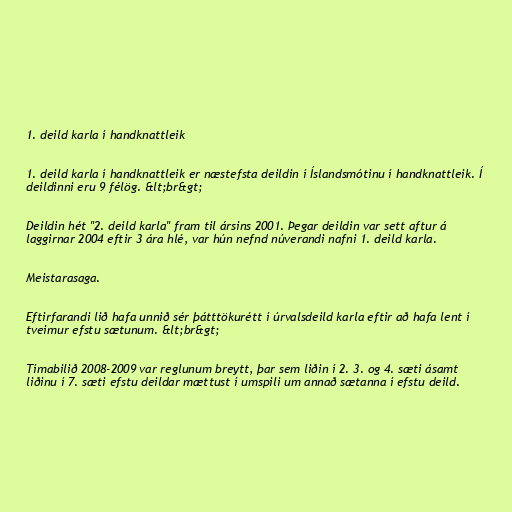
1. deild karla í handknattleik

1. deild karla í handknattleik er næstefsta deildin í Íslandsmótinu í handknattleik. Í
deildinni eru 9 félög. &lt;br&gt;

Deildin hét "2. deild karla" fram til ársins 2001. Þegar deildin var sett aftur á
laggirnar 2004 eftir 3 ára hlé, var hún nefnd núverandi nafni 1. deild karla.

Meistarasaga.

Eftirfarandi lið hafa unnið sér þátttökurétt í úrvalsdeild karla eftir að hafa lent í
tveimur efstu sætunum. &lt;br&gt;

Tímabilið 2008-2009 var reglunum breytt, þar sem liðin í 2. 3. og 4. sæti ásamt
liðinu í 7. sæti efstu deildar mættust í umspili um annað sætanna í efstu deild.